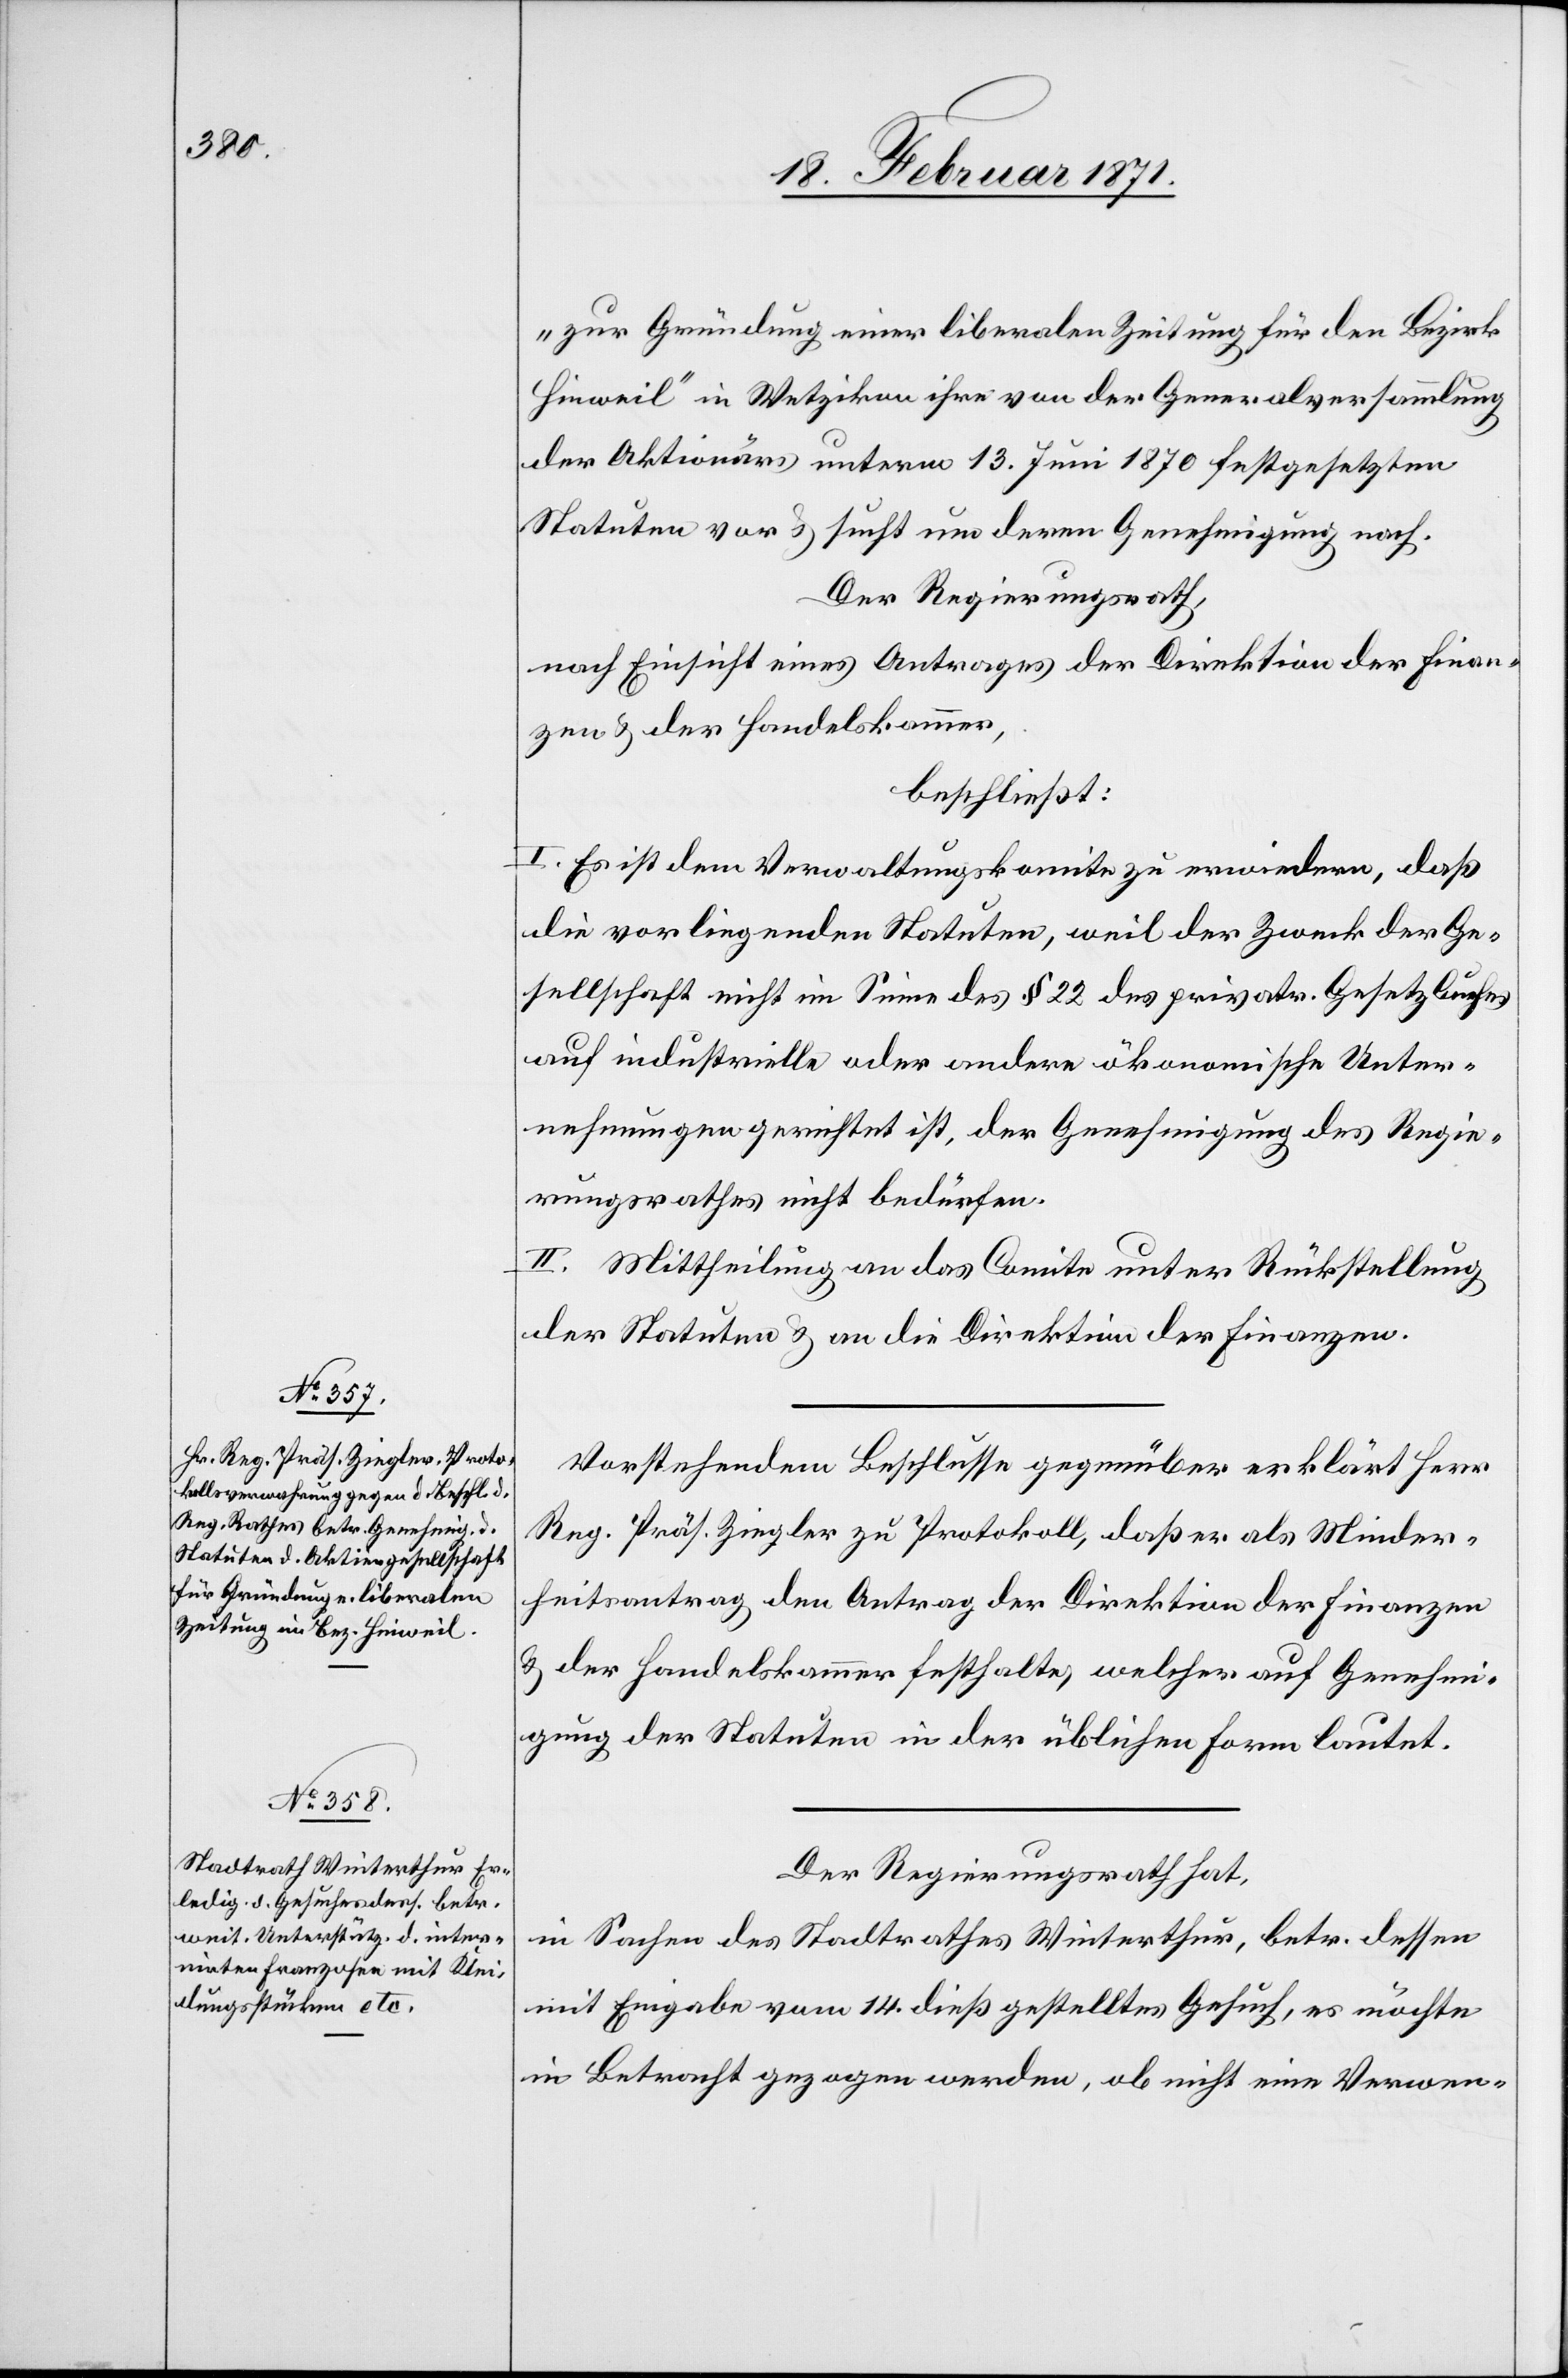
„zur Gründung einer liberalen Zeitung für den Bezirk
Hinweil“ in Wetzikon ihre von der Generalversammlung
der Aktionärs unterm 13. Juni 1870 festgesetzten
Statuten vor u. sucht um deren Genehmigung nach.
Der Regierungsrath,
nach Einsicht eines Antrages der Direktion der Finan¬
zen u. der Handelskammer,
beschließt:
I. Es ist dem Verwaltungskomite zu erwiedern, daß
die vorliegenden Statuten, weil der Zweck der Ge¬
sellschaft nicht im Sinne des § 22 des privatr. Gesetzbuches
auf industrielle oder andere ökonomische Unter¬
nehmungen gerichtet ist, der Genehmigung des Regie¬
rungsrathes nicht bedürfen.
II. Mittheilung an das Comite unter Rückstellung
der Statuten u. an die Direktion der Finanzen.
Vorstehendem Beschlusse gegenüber erklärt Herr
Reg. Präs. Ziegler zu Protokoll, daß er als Minder¬
heitsantrag den Antrag der Direktion der Finanzen
u. der Handelskammer festhalte, welcher auf Genehmi¬
gung der Statuten in der üblichen Form lautet.
Der Regierungsrath hat,
in Sachen des Stadtrathes Winterthur, betr. dessen
mit Eingabe vom 14. dieß gestelltes Gesuch, es möchte
in Betracht gezogen werden, ob nicht eine Verwen-